Report of an investigation of the epidemic of malarial fever in Assam, or, kala-azar
Disease focus: Malaria
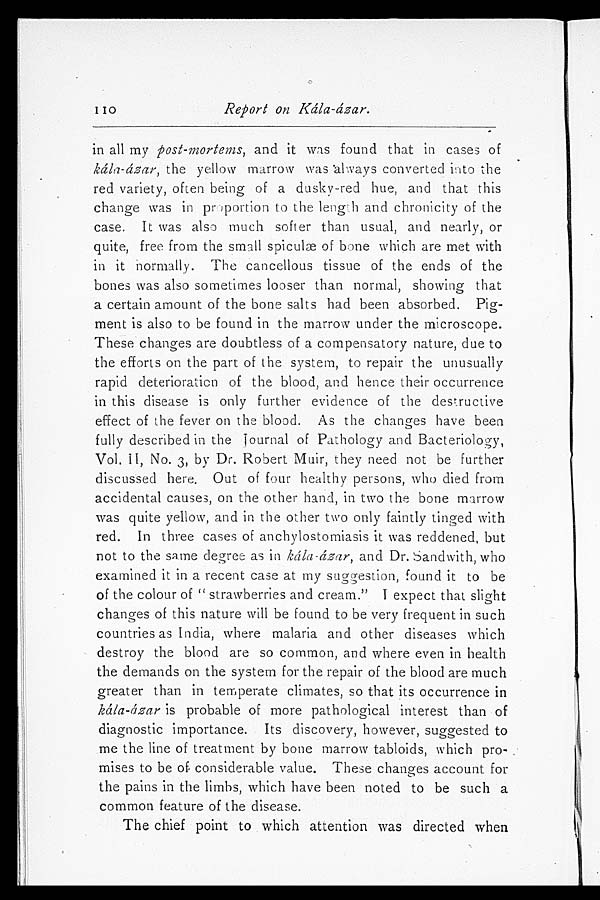
110
Report on Kála-ázar.
in all my post-mortems, and it was found that in cases of
kála-ázar, the yellow marrow was always converted into the
red variety, often being of a dusky-red hue, and that this
change was in proportion to the length and chronicity of the
case. It was also much softer than usual, and nearly, or
quite, free from the small spiculæ of bone which are met with
in it normally. The cancellous tissue of the ends of the
bones was also sometimes looser than normal, showing that
a certain amount of the bone salts had been absorbed. Pig-
ment is also to be found in the marrow under the microscope.
These changes are doubtless of a compensatory nature, due to
the efforts on the part of the system, to repair the unusually
rapid deterioration of the blood, and hence their occurrence
in this disease is only further evidence of the destructive
effect of the fever on the blood. As the changes have been
fully described in the Journal of Pathology and Bacteriology,
Vol. II, No. 3, by Dr. Robert Muir, they need not be further
discussed here. Out of four healthy persons, who died from
accidental causes, on the other hand, in two the bone marrow
was quite yellow, and in the other two only faintly tinged with
red. In three cases of anchylostomiasis it was reddened, but
not to the same degree as in k á l a - á z a r , a n d D r . S a n d w i t h , w h o
examined it in a recent case at my suggestion, found it to be
of the colour of "strawberries and cream." I expect that slight
changes of this nature will be found to be very frequent in such
countries as India, where malaria and other diseases which
destroy the blood are so common, and where even in health
the demands on the system for the repair of the blood are much
greater than in temperate climates, so that its occurrence in
kála-ázar is probable of more pathological interest than of
diagnostic importance. Its discovery, however, suggested to
me the line of treatment by bone marrow tabloids, which pro-
mises to be of considerable value. These changes account for
the pains in the limbs, which have been noted to be such a
common feature of the disease.
The chief point to which attention was directed when